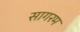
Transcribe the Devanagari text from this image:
सागरम